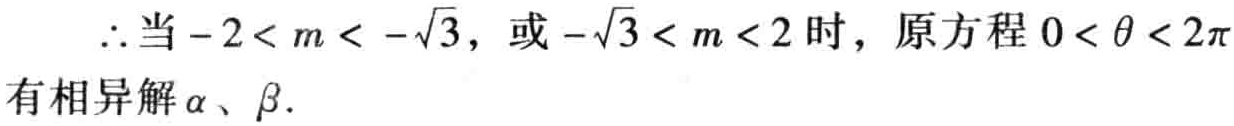
\(\therefore\)当\(-2 < m < -\sqrt{3}\)，或\(-\sqrt{3} < m < 2\)时，原方程\(0 < \theta < 2\pi\)有相异解\(\alpha\)、\(\beta\).